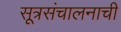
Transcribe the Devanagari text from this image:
सूत्रसंचालनाची